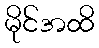
မိုင်အထိ